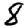
Digit: 8